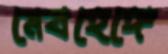
মেবহেঙ্গে